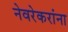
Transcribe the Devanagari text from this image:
नेवरेकरांना